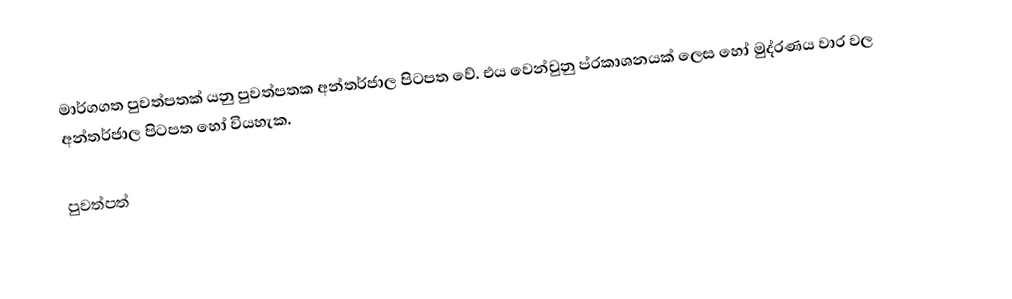
මාර්ගගත පුවත්පතක් යනු පුවත්පතක අන්තර්ජාල පිටපත වේ. එය වෙන්වුනු ප්රකාශනයක් ලෙස හෝ මුද්රණය වාර වල අන්තර්ජාල පිටපත හෝ වියහැක.

පුවත්පත්